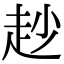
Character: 赻